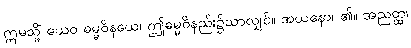
ဣမသ္မိံ ယေဝ ဓမ္မဝိနယေ၊ ဤဓမ္မဝိနည်း၌သာလျှင်။ အယနော၊ ၏။ အညတ္ထ၊